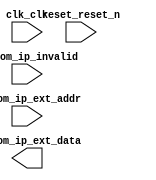

module unsaved (
	clk_clk,
	reset_reset_n,
	custom_ip_ext_addr,
	custom_ip_ext_data,
	custom_ip_invalid);	

	input		clk_clk;
	input		reset_reset_n;
	input	[2:0]	custom_ip_ext_addr;
	output	[31:0]	custom_ip_ext_data;
	input		custom_ip_invalid;
endmodule